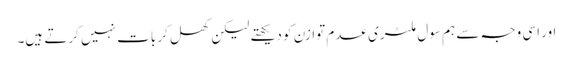
اور اسی وجہ سے ہم سول ملٹری عدم توازن کو دیکھتے لیکن کھل کر بات نہیں کرتے ہیں۔